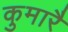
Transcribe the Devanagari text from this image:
कुमारै